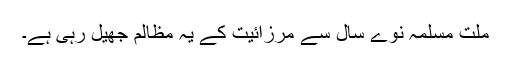
ملت مسلمہ نوے سال سے مرزائیت کے یہ مظالم جھیل رہی ہے۔